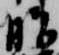
脂